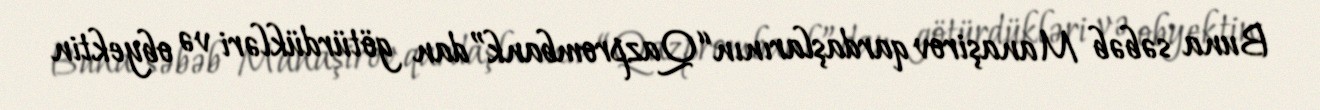
Buna səbəb Manaşirov qardaşlarının “Qazprombank”dan götürdükləri və obyektin